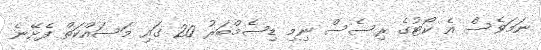
ނަމަވެސް އެ ކޯޓުގެ ރިސެސް ނިމި ޑިސެމްބަރު 20 ގައި މަސައްކަތް ފެށޭނެ